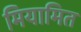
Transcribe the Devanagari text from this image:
मियामित